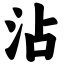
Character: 沾